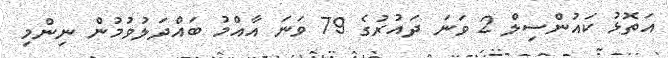
އަތޮޅު ކައުންސިލް 2 ވަނަ ދައުރުގެ 79 ވަނަ އާއްމު ބައްދަލުވުމުން ނިންމި